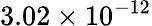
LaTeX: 3.02\times 10^{-12}